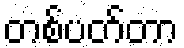
တစ်ပတ်တာ